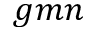
{ g m n }